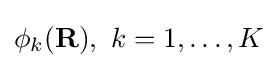
\phi _{k}(\mathbf {R} ),\ k=1,\ldots ,K